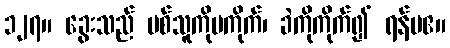
၁၂၇။ ခွေးသည် ပစ်သူကိုမကိုက်၊ ခဲကိုကိုက်၍ ရန်မဧ။